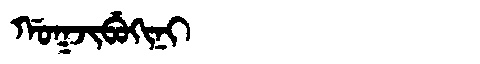
Manchu: ᡤᠣᡴᠵᡳᠪᡠᡴᡳᠨᡳ
Romanization: GOKJIBUKINI